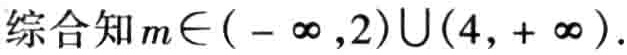
综合知\(m\in(-\infty,2)\cup(4,+\infty)\).